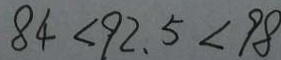
8 4 < 9 2 . 5 < 9 8